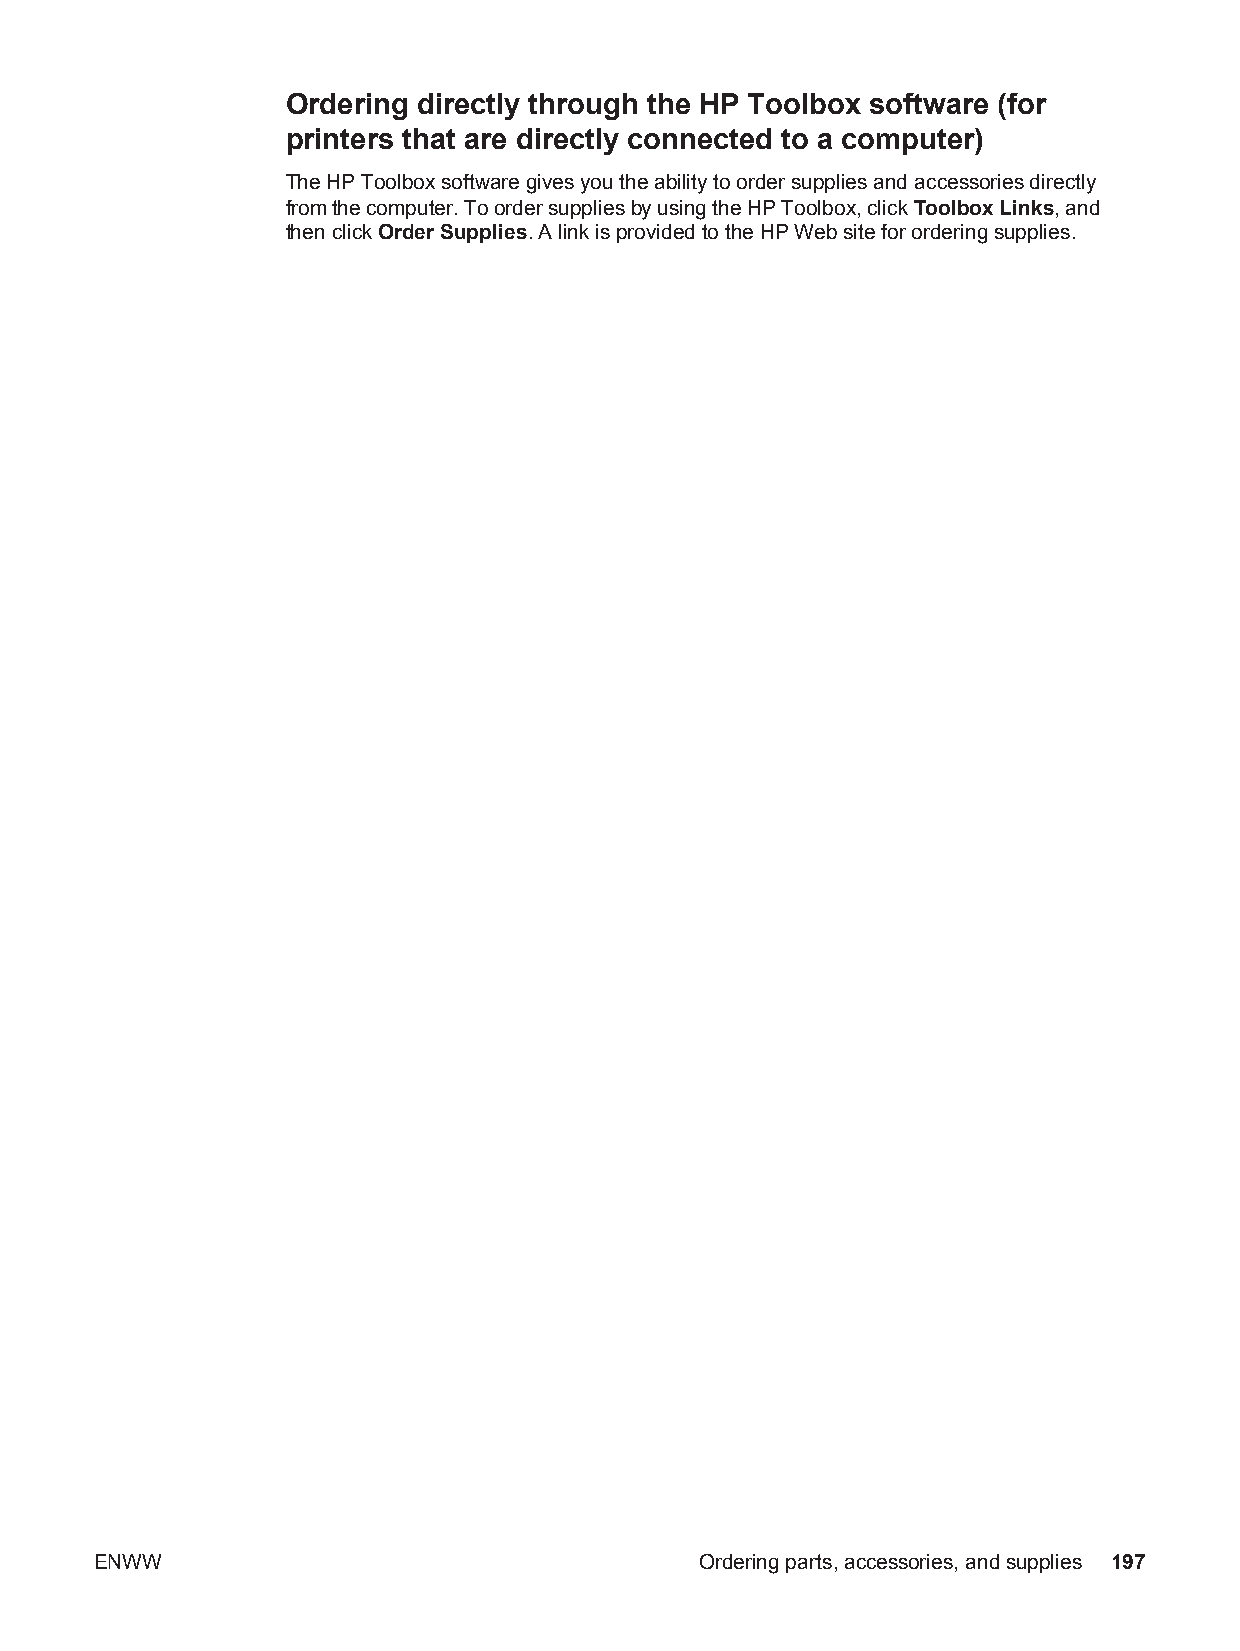
Ordering directly through the HP Toolbox software (for
 printers that are directly connected to a computer)
 The HP Toolbox software gives you the ability to order supplies and accessories directly
 from the computer. To order supplies by using the HP Toolbox, click Toolbox Links, and
 then click Order Supplies. A link is provided to the HP Web site for ordering supplies.
 ENWW                                    Ordering parts, accessories, and supplies 197